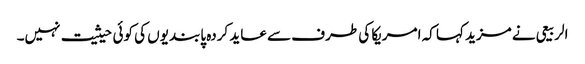
الربیعی نے مزید کہا کہ امریکا کی طرف سے عاید کردہ پابندیوں کی کوئی حیثیت نہیں۔